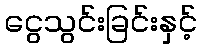
ငွေသွင်းခြင်းနှင့်